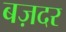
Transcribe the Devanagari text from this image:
बज़दर